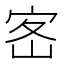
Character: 𡧸